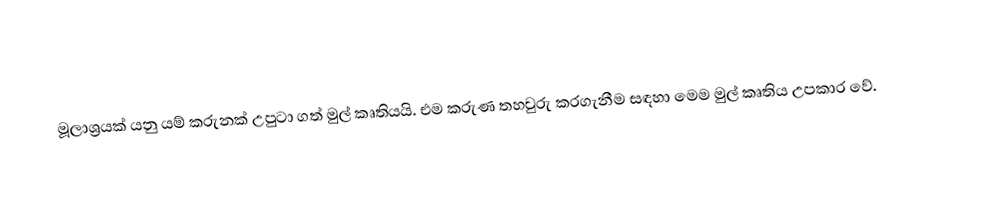
මූලාශ්‍රයක් යනු යම් කරුනක් උපුටා ගත් මුල් කෘතියයි. එම කරුණ තහවුරු කරගැනීම සඳහා මෙම මුල් කෘතිය උපකාර වේ.